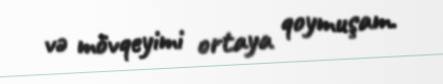
və mövqeyimi ortaya qoymuşam.